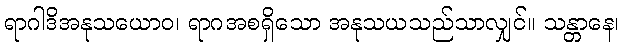
ရာဂါဒိအနုသယောဝ၊ ရာဂအစရှိသော အနုသယသည်သာလျှင်။ သန္တာနေ၊